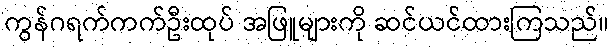
ကွန်ဂရက်ကက်ဦးထုပ် အဖြူများကို ဆင်ယင်ထားကြသည်။